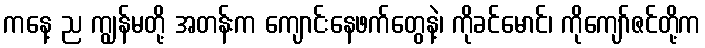
ကနေ့ ည ကျွန်မတို့ အတန်းက ကျောင်းနေဖက်တွေနဲ့၊ ကိုခင်မောင်၊ ကိုကျော်ဇင်တို့က